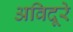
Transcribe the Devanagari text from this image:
अविदूरे